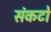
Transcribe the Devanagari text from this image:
संकटो